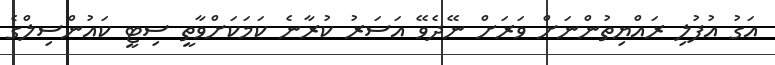
އަގު އުފުލި ރައްޔިތުންނަށް ވަރަށް ނޭދެވޭ އަސަރު ކުރާނެ ކަމަކަށްވާތީ ސިޓީ ކައުންސިލްގެ